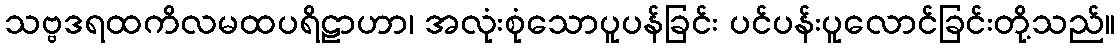
သဗ္ဗဒရထကိလမထပရိဠာဟာ၊ အလုံးစုံသောပူပန်ခြင်း ပင်ပန်းပူလောင်ခြင်းတို့သည်။